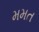
મમત